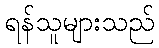
ရန်သူများသည်